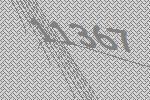
11367